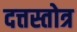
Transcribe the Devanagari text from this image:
दत्तस्तोत्र